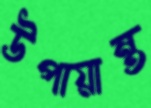
উপায়ান্ত